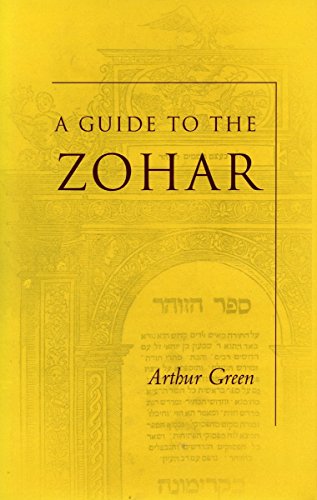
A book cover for A Guide to the Zohar; Arthur Green; Religion & Spirituality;